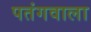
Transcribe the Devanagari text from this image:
पतंगवाला